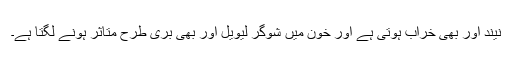
نیند اور بھی خراب ہوتی ہے اور خون میں شوگر لیویل اور بھی بری طرح متاثر ہونے لگتا ہے۔